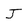
Character: J